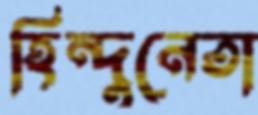
হিন্দুনেতা